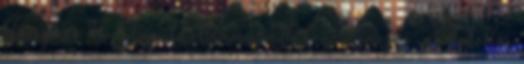
klasszikus No Sleep ’til Hammersmith koncertlemezére. A 4 dollár